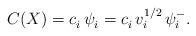
LaTeX: \begin{align*}C(X)=c_i^{}\,\psi^{}_i=c_i^{}\,v_i^{1/2}\,\psi_i^- .\end{align*}